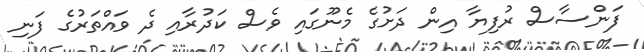
ފަންސާސް ރުފިޔާ އިން ދަށުގެ މެނޫގައި ވެސް ކަދުރާއި ދެ ވައްތަރުގެ ފަނި